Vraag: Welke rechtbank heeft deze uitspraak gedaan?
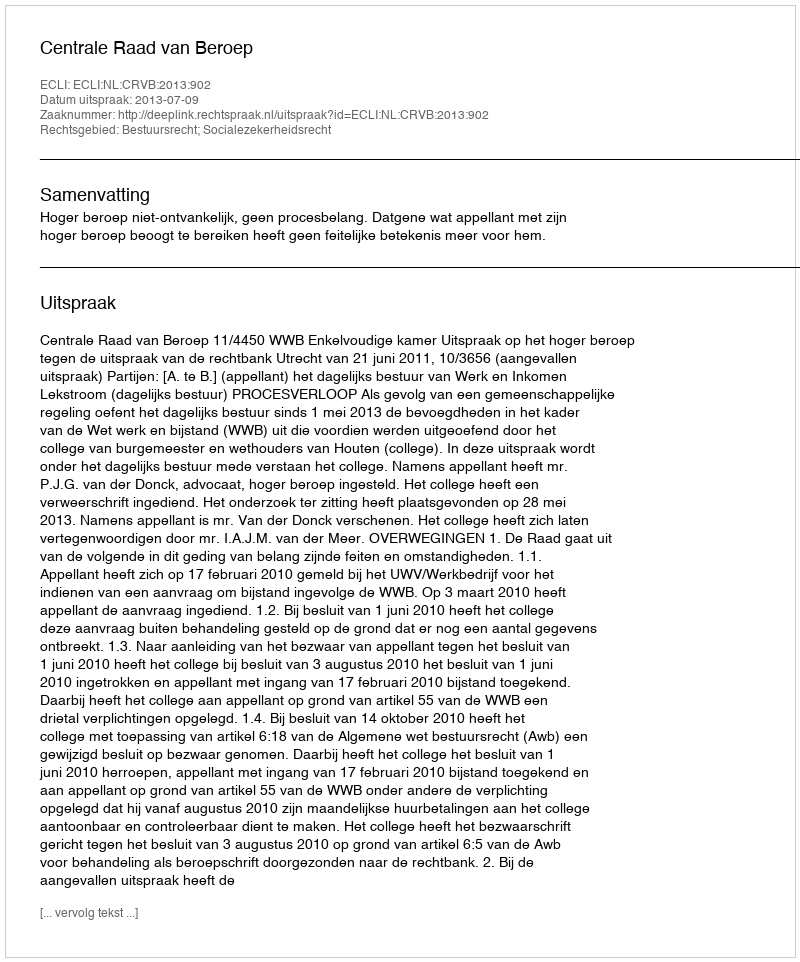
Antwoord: Centrale Raad van Beroep